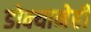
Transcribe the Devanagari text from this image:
डोक्यानेही